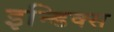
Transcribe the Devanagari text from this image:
इन्डिक्स